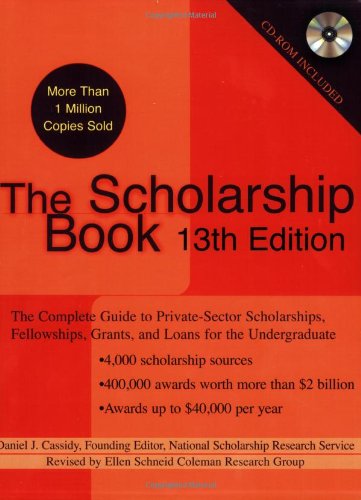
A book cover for The Scholarship Book, 13th Edition: The Complete Guide to Private-Sector Scholarships, Fellowships, Grants, and Loan s for the Undergraduate (Scholarship Books); National Scholarship Research; Education & Teaching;